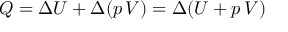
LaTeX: Q = \Delta U + \Delta ( p \, V ) = \Delta ( U + p \, V )